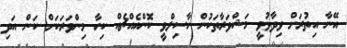
އޭނާ އިތުރަށް ވިދާޅުވީ މަޝްވަރާތަކުން ހާސިލްވީ ކޮންއެއްޗެއް ކިހާ މިންވަރަކަށް ކަން އަދި